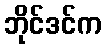
ဘိုင်ဒင်က